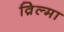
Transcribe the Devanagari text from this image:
व़िल्मा